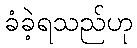
ခံခဲ့ရသည်ဟု